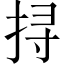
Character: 挦